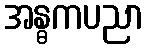
အန္ဓကပညာ